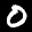
Label: 0